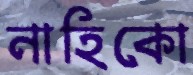
নাহিকো